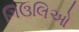
ગિઉલિઓ